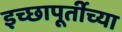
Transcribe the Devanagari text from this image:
इच्छापूर्तीच्या